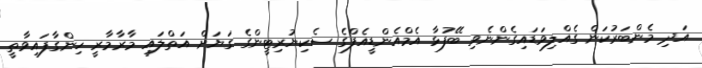
އަދި މެންބަރުކަން ގެއްލިވަޑައިގެންނެވި ބޭފުޅާ އެމްއެންޑީއެފްގެ ސެކިޔުރިޓީންގެ ގަޔަށް އަތްލައި މާރާމާރީ ހިންގާފައިވާތީ